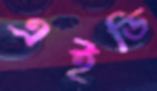
এইডি